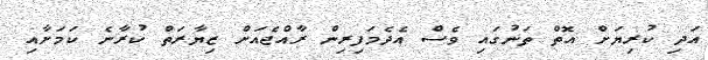
އަދި ކުރިޔަށް އޮތް ތަނުގައި ވެސް އެދެމަފިރިން ރާއްޖެއަށް ޒިޔާރަތް ކުރާނެ ކަމަށާއި